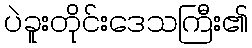
ပဲခူးတိုင်းဒေသကြီး၏